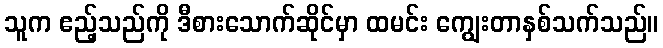
သူက ဧည့်သည်ကို ဒီစားသောက်ဆိုင်မှာ ထမင်း ကျွေးတာနှစ်သက်သည်။